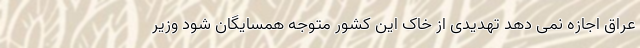
عراق اجازه نمی دهد تهدیدی از خاک این کشور متوجه همسایگان شود وزیر